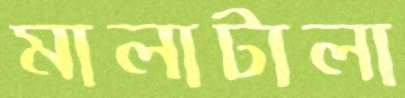
মালাটালা